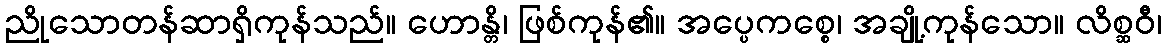
ညိုသောတန်ဆာရှိကုန်သည်။ ဟောန္တိ၊ ဖြစ်ကုန်၏။ အပ္ပေကစ္စေ၊ အချို့ကုန်သော။ လိစ္ဆဝီ၊